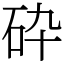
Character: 砕